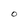
Character: O